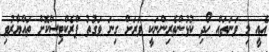
އެއީ މި ވަނަތައް ހޯދި ކުޅުންތެރިންނަކީ ވަރަށް ގިނަ ވަގުތު ޕްރެކްޓިސްކޮށް ތައްޔާރުވި